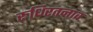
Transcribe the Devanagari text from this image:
रुधिरतनाव